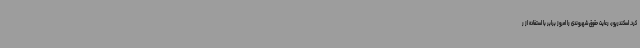
کرد. اسکندرپور، رعایت حقوق شهروندی را امروز برابر با استفاده از ر